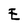
Character: E